Report on vaccination in Madras 1877-1894 - 1877-1894
Year: 1877
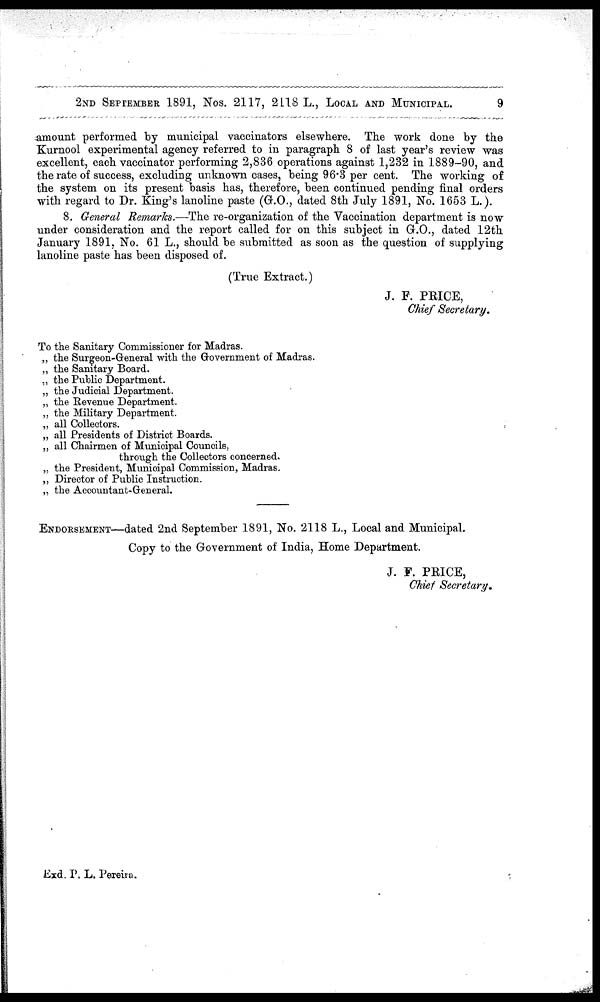
2ND SEPTEMBER 1891, Nos. 2117, 2118 L., LOCAL AND MUNICIPAL.
9
amount performed by municipal vaccinators elsewhere. The work done by the
Kurnool experimental agency referred to in paragraph 8 of last year's review was
excellent, each vaccinator performing 2,836 operations against 1,232 in 1889-90, and
the rate of success, excluding unknown cases, being 96.3 per cent. The working of
the system on its present basis has, therefore, been continued pending final orders
with regard to Dr. King's lanoline paste (G.O., dated 8th July 1891, No. 1653 L.).
8. General Remarks.—The re-organization of the Vaccination department is now
under consideration and the report called for on this subject in G.O., dated 12th
January 1891, No. 61 L., should be submitted as soon as the question of supplying
lanoline paste has been disposed of.
(True Extract.)
J. F. PRICE,
Chief Secretary.
To the Sanitary Commissioner for Madras.
„ the Surgeon-General with the Government of Madras.
„ the Sanitary Board.
„ the Public Department.
„ the Judicial Department.
„ the Revenue Department.
„ the Military Department.
„ all Collectors.
„ all Presidents of District Boards.
„ all Chairmen of Municipal Councils,
through the Collectors concerned.
„ the President, Municipal Commission, Madras.
„ Director of Public Instruction.
„ the Accountant-General.
ENDORSEMENT—dated 2nd September 1891, No. 2118 L., Local and Municipal.
Copy to the Government of India, Home Department.
J. F. PRICE,
Chief Secretary.
Exd. P, L. Pereira.